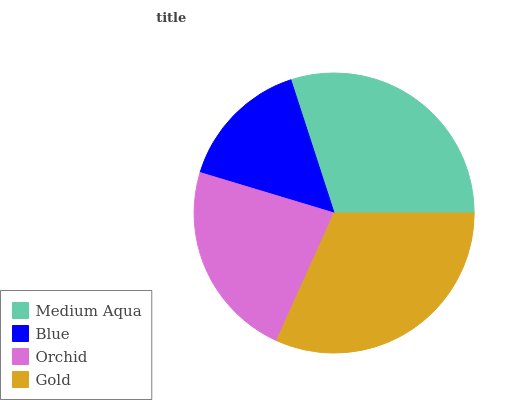
| Medium Aqua | Blue | Orchid | Gold |
 | --- | --- | --- | --- |
 | 30% | 15.4% | 23% | 31.7% |